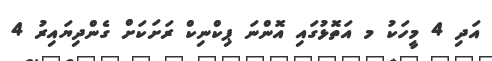
އަދި 4 މީހަކު މ އަތޮޅުގައި އޮންނަ ޕިކްނިކް ރަށަކަށް ގެންދިޔައިރު 4